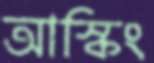
আস্কিং